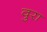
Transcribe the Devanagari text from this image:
वुरा